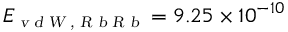
E _ { \scriptscriptstyle \textsl { v d W , R b R b } } = 9 . 2 5 \times 1 0 ^ { - 1 0 }